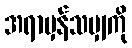
အရာမှန်သမျှကို